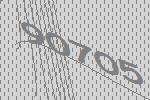
90705